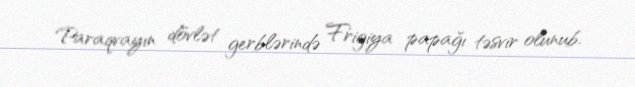
Paraqvayın dövlət gerblərində Frigiya papağı təsvir olunub.